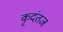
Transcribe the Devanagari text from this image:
कृदंतज